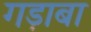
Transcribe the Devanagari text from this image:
गड़ाबा